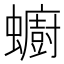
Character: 𧔋